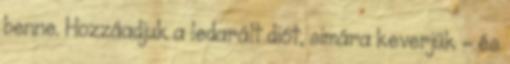
benne. Hozzáadjuk a ledarált diót, simára keverjük - és